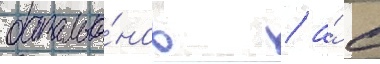
батальо́нов / а́ с